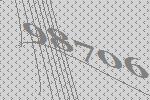
98706